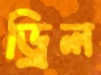
ড্রিল